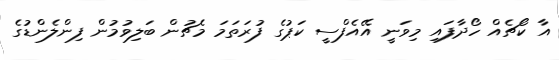
އާ ކޯޗެއް ހޯދާފައި މިވަނީ އޭއެފްސީ ކަޕުގެ ފުރަތަމަ މެޗުން ބަލިވުމުން ފިންލެންޑުގެ